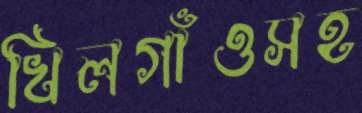
খিলগাঁওসহ